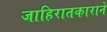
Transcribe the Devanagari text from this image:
जाहिरातकाराने